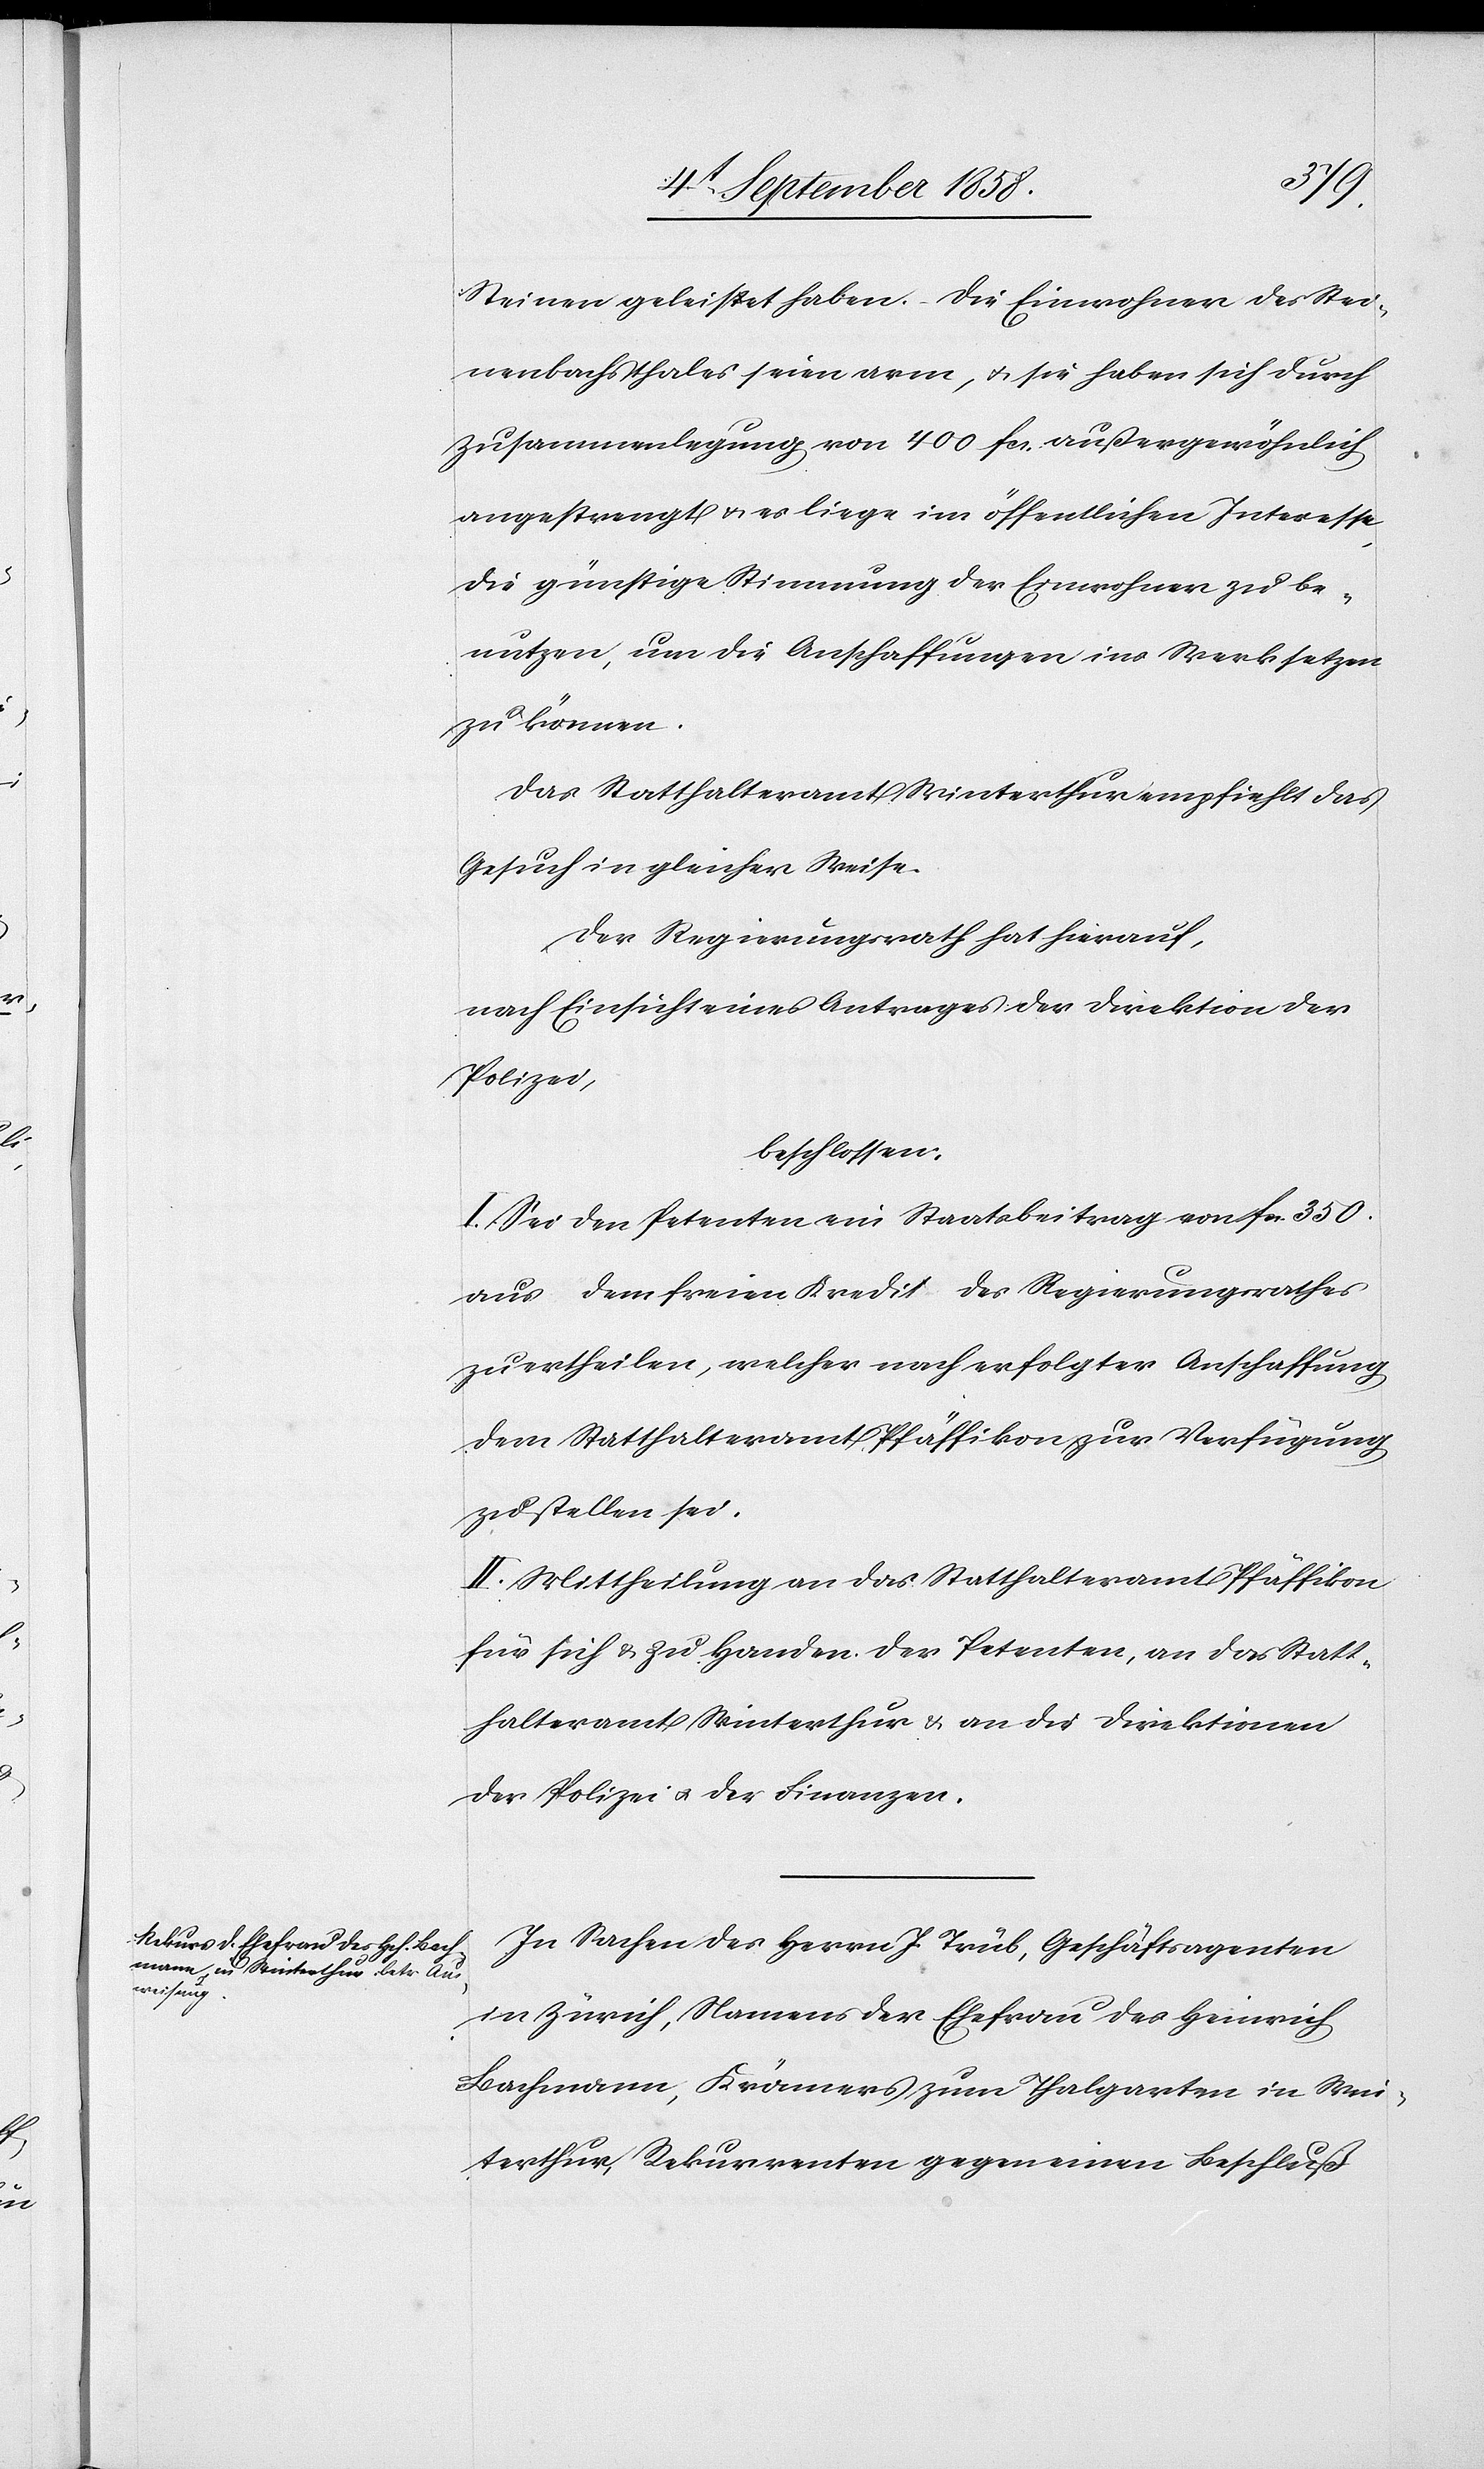
Steinen geleistet haben. – Die Einwohner des Stei¬
nenbachsthales seien arm, & sie haben sich durch
Zusammenlegung von 400 fcs. außergewöhnlich
angestrengt & es liege im öffentlichen Interesse,
die günstige Stimmung der Einwohner zu be¬
nutzen, um die Anschaffungen ins Werk setzen
zu können.
Das Statthalteramt Winterthur empfiehlt das
Gesuch in gleicher Weise.
Der Regierungsrath hat hierauf,
nach Einsicht eines Antrages der Direktion der
Polizei,
beschlossen:
I. Sei den Petenten ein Staatsbeitrag von fcs. 350.
aus dem freien Kredit des Regierungsrathes
zu ertheilen, welcher nach erfolgter Anschaffung
dem Statthalteramt Pfäffikon zur Verfügung
zu stellen sei.
II. Mittheilung an das Statthalteramt Pfäffikon
für sich & zu Handen der Petenten, an das Statt¬
halteramt Winterthur & an die Direktionen
der Polizei & der Finanzen.
In Sachen des Herrn J. Trüb, Geschäftsagenten
in Zürich, Namens der Ehefrau des Heinrich
Bachmann, Krämers zum Thalgarten in Win¬
terthur, Rekurrenten gegen einen Beschluß